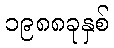
၁၉၈၈ခုနှစ်